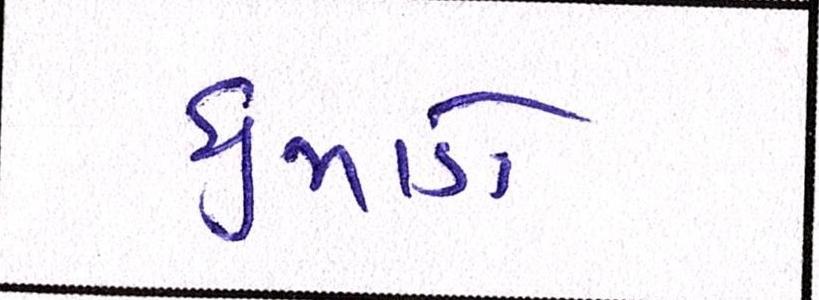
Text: ધુમાડો